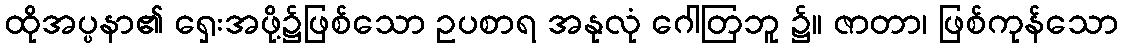
ထိုအပ္ပနာ၏ ရှေးအဖို့၌ဖြစ်သော ဥပစာရ အနုလုံ ဂေါတြဘူ ၌။ ဇာတာ၊ ဖြစ်ကုန်သော